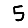
Digit: 5